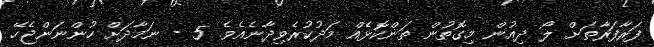
ފަރާފަރާތަށް ލޯ ދިއުން މިގޮތުން ތަންކޮޅެއް މަދުކުރެވިދާނެއެވެ. 5 - ނަމާދަށް ހުންނަންޖެހޭ